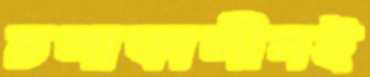
চলাকালীনই